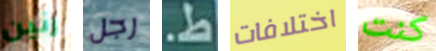
رنين رجل ط. اختلافات كنت